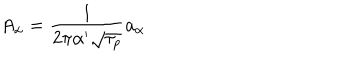
A _ { \alpha } = \frac { 1 } { 2 \pi \alpha ^ { \prime } \sqrt { \tau _ { p } } } a _ { \alpha }